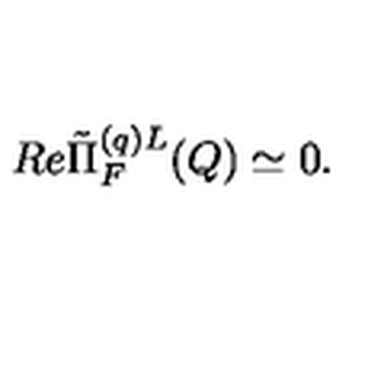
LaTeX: R e \tilde { \Pi } _ { F } ^ { ( q ) L } ( Q ) \simeq 0 .